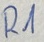
Text: R1